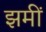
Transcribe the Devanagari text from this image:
झमीं